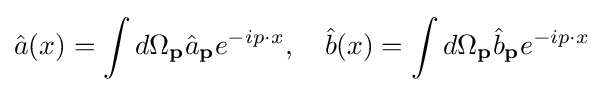
{\hat {a}}(x)=\int d\Omega _{\mathbf {p} }{\hat {a}}_{\mathbf {p} }e^{-ip\cdot x},\quad {\hat {b}}(x)=\int d\Omega _{\mathbf {p} }{\hat {b}}_{\mathbf {p} }e^{-ip\cdot x}